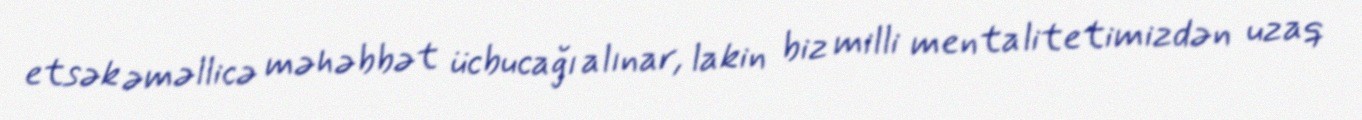
etsək əməllicə məhəbbət ücbucağı alınar, lakin biz milli mentalitetimizdən uzaq